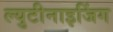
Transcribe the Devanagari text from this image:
ल्युटीनाइजिंग